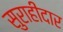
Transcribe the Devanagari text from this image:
सुराहीदार